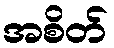
အစိတ်